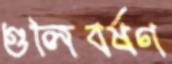
গুলিবর্ষণ